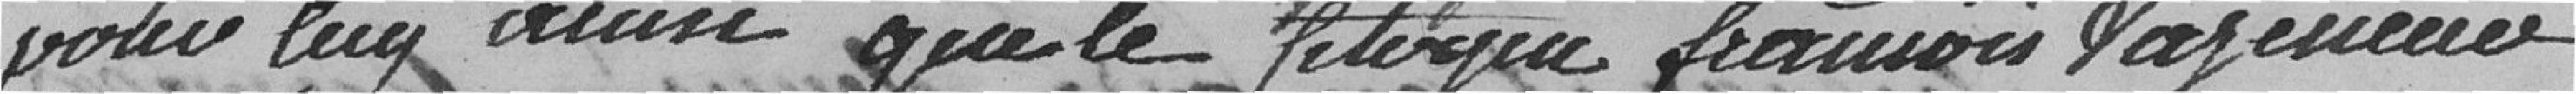
pour lui ainsi que le citoyen Francois Tagenneu.